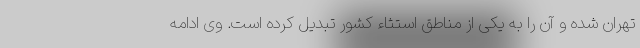
تهران شده و آن را به یکی از مناطق استثاء کشور تبدیل کرده است. وی ادامه